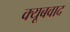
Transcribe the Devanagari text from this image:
क्यूबवाद